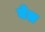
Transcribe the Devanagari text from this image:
घेल